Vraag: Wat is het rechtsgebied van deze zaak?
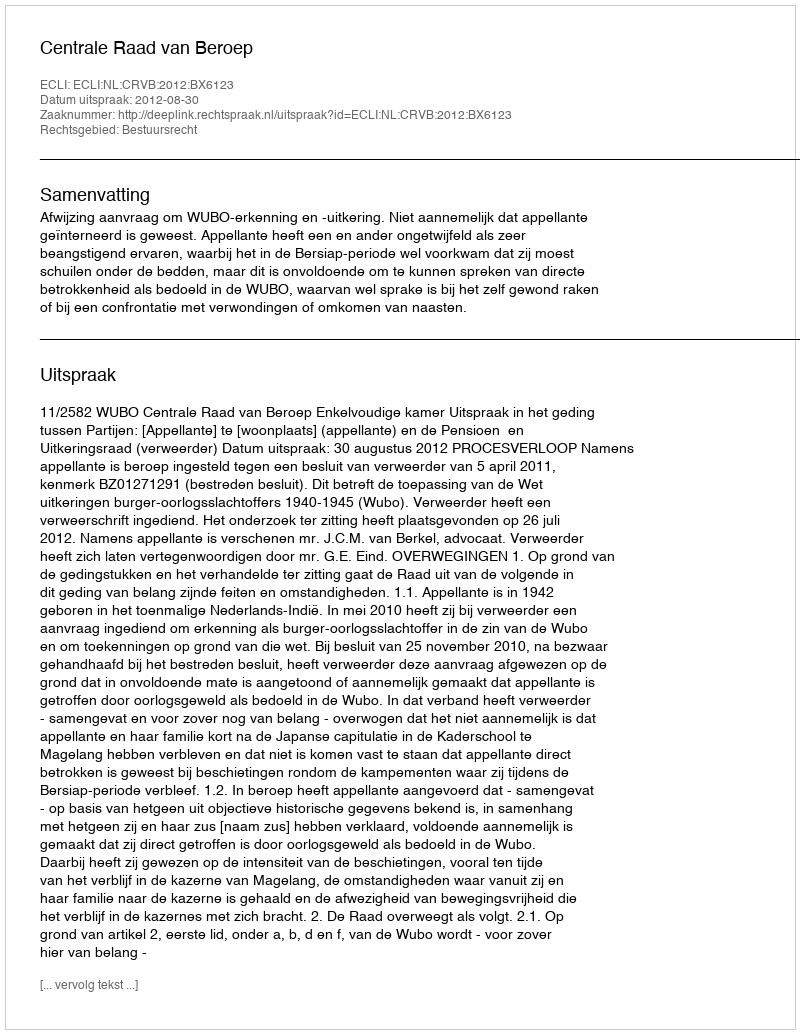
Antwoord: Bestuursrecht